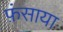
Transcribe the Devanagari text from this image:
फ़ंसाया